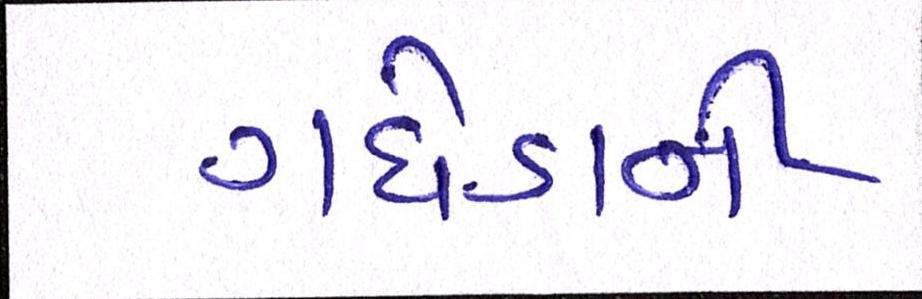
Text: ગધેડાની